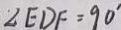
\angle E D F = 9 0 ^ { \prime }